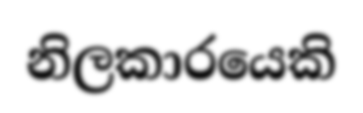
නිලකාරයෙකි